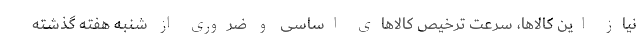
نیاز این کالاها، سرعت ترخیص کالاهای اساسی و ضروری از شنبه هفته گذشته